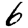
Digit: 6